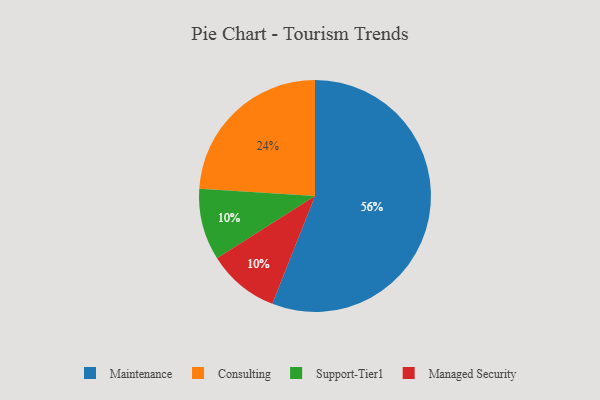
{"axis": {"x": "Category", "y": "Percentage"}, "legend": ["Consulting", "Maintenance", "Managed Security", "Support-Tier1"], "data": [{"x": "Consulting", "y": 24, "type": "Consulting"}, {"x": "Support-Tier1", "y": 10, "type": "Support-Tier1"}, {"x": "Managed Security", "y": 10, "type": "Managed Security"}, {"x": "Maintenance", "y": 56, "type": "Maintenance"}]}